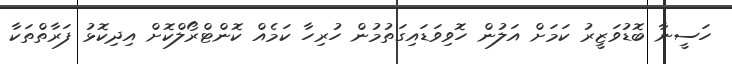
ހަސީނާ ބޮޑުވަޒީރު ކަމަށް އަލުން ހޮވިވަޑައިގަތުމުން ހުރިހާ ކަމެއް ކޮންޓްރޯލްކޮށް އިދިކޮޅު ފަރާތްތަކާ